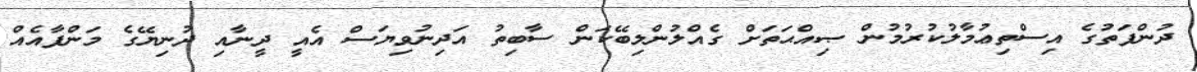
ދުންފަތުގެ އިސްތިޢުމާލުކުރުމުން ޞިއްޙަތަށް ގެއްލުންލިބޭކަން ސާބިތު އަދިނުވިޔަސް އެއީ ދީނާއި ދުނިޔޭގެ މަންފާއެއް